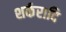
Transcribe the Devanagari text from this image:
शर्करादि